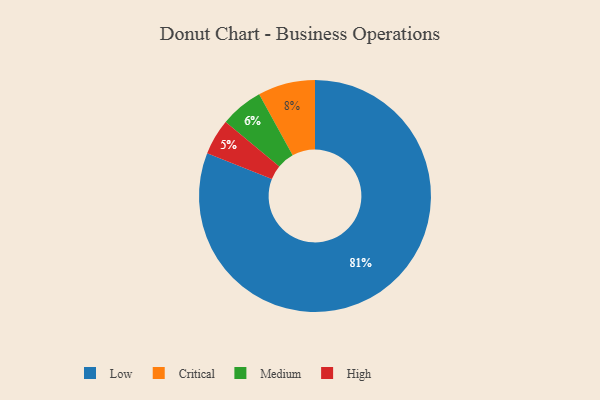
{"axis": {"x": "Category", "y": "Percentage"}, "legend": ["Critical", "High", "Low", "Medium"], "data": [{"x": "Low", "y": 81, "type": "Low"}, {"x": "Medium", "y": 6, "type": "Medium"}, {"x": "High", "y": 5, "type": "High"}, {"x": "Critical", "y": 8, "type": "Critical"}]}